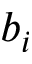
b _ { i }